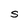
Character: S